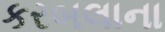
કરબલાના